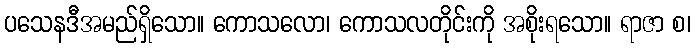
ပသေနဒီအမည်ရှိသော။ ကောသလော၊ ကောသလတိုင်းကို အစိုးရသော။ ရာဇာ စ၊